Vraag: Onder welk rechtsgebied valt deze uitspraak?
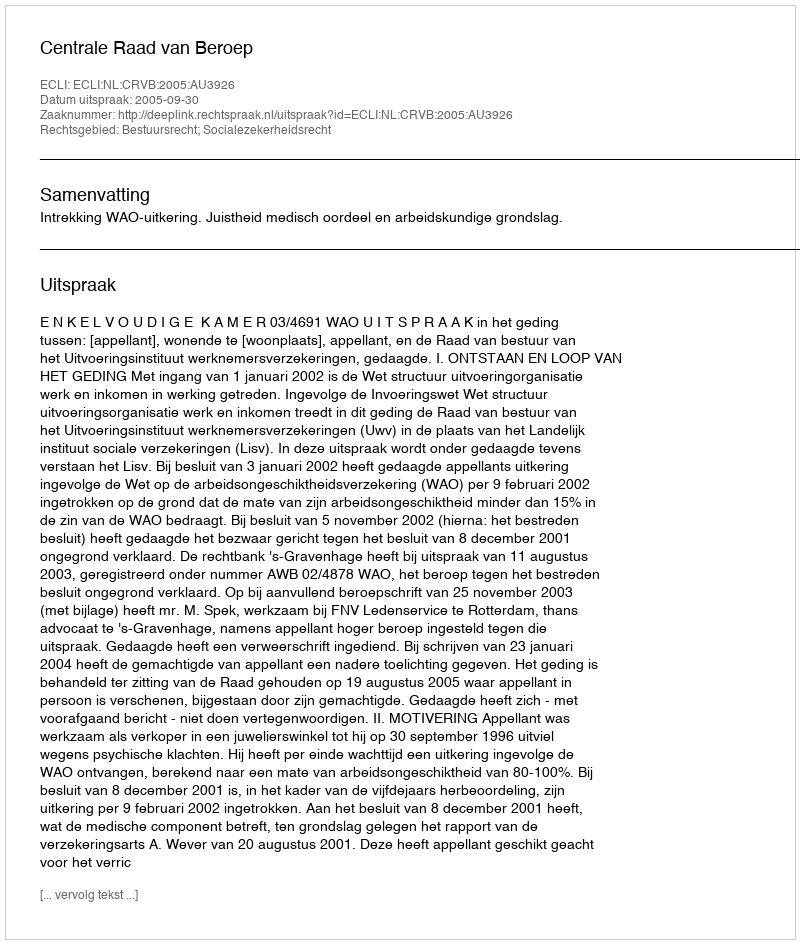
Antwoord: Bestuursrecht; Socialezekerheidsrecht